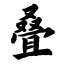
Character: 叠